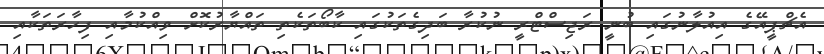
އެޗްޕީއޭގެ އިއުލާނުގައި ބުނީ ރަޖިސްޓްރީ ނުކުރާ ބަދިގެތަކުގައި ކާބޯތަކެތި ތައްޔާރުކޮށް ވިއްކުމާއި ފިހާރަތަކާއި